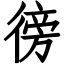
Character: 徬